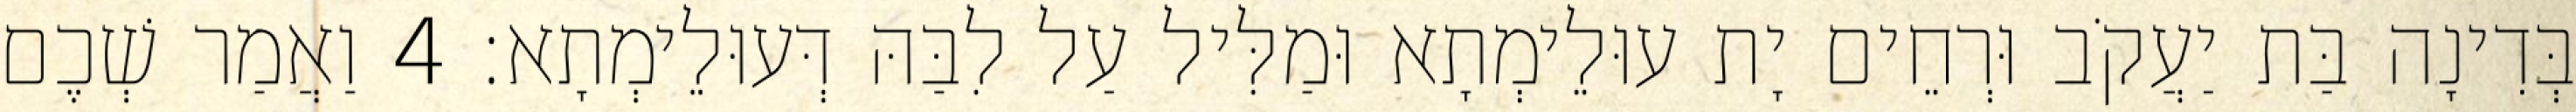
בְּדִינָה בַּת יַעֲקֹב וּרְחֵים יָת עוּלֵימְתָא וּמַלִּיל עַל לִבַּהּ דְּעוּלֵימְתָא׃ 4 וַאֲמַר שְׁכֶם